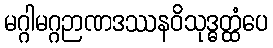
မဂ္ဂါမဂ္ဂဉာဏဒဿနဝိသုဒ္ဓတ္ထံပေ